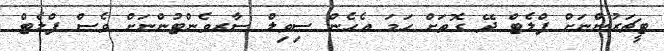
ޓީޗަރުންނަށް ފްލެޓް ދޭ ގޮތަށް ހަމަ އެހެން ސިވިލް ސާރވެންޓުންނަށް ވެސް ފްލެޓް